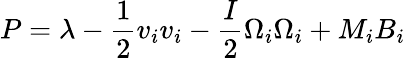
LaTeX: P=\lambda-\frac{1}{2}v_{i}v_{i}-\frac{I}{2}\Omega_{i}\Omega_{i}+M_{i}B_{i}